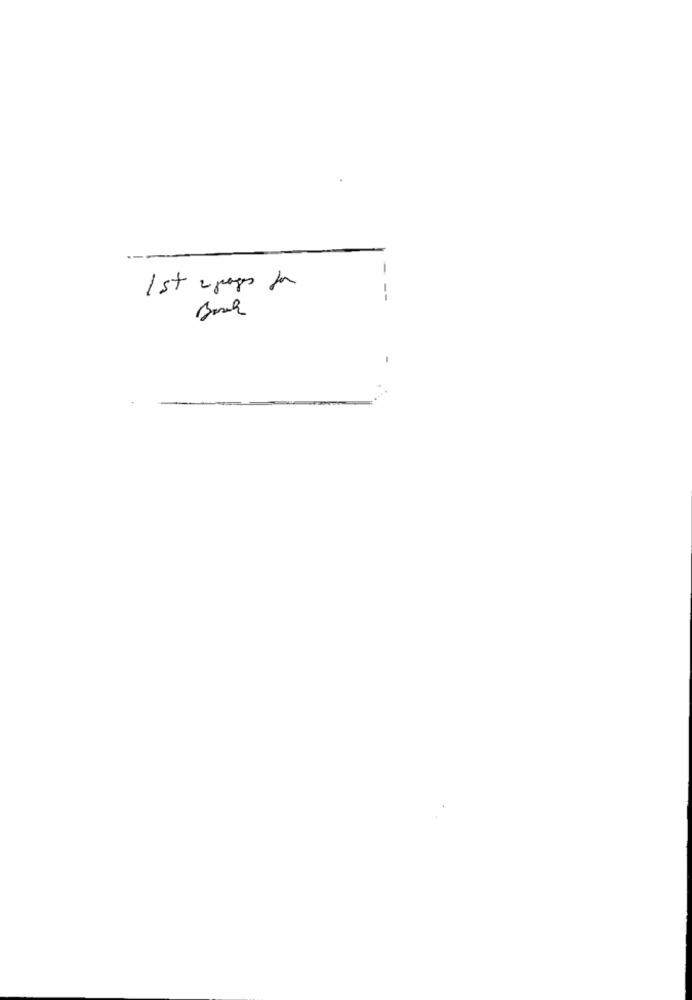
-
1 st e props for
Bosch